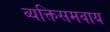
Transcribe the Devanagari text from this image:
व्यक्तिसमवाय